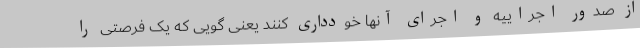
از صدور اجراییه و اجرای آنها خودداری کنند یعنی گویی که یک فرصتی را